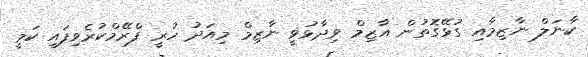
ކާނަލް ނާޒިމާއި ގުޅޭގޮތުން އާޒިމް ވިދާޅުވީ ނާޒިމް މިއަދު ހުރީ ފްރޭމްކުރެވިފައި ކަމީ